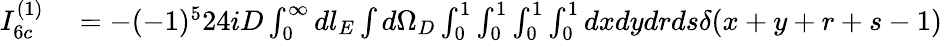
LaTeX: \begin{array}{rl}{I_{6c}^{(1)}}&{{}=-(-1)^{5}24iD\int_{0}^{\infty}dl_{E}\int d\Omega_{D}\int_{0}^{1}\int_{0}^{1}\int_{0}^{1}\int_{0}^{1}dxdydrds\delta(x+y+r+s-1)}\end{array}